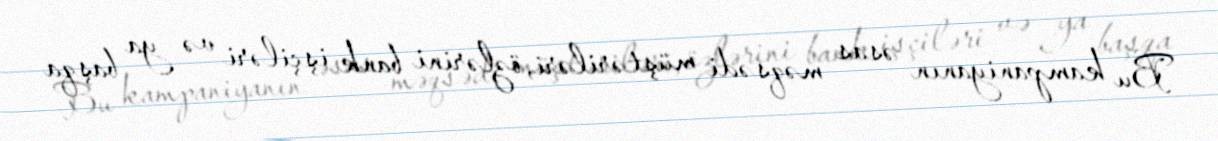
Bu kampaniyanın əsas məqsədi müştəriləri, özlərini bank işçiləri və ya başqa